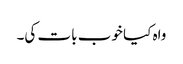
واہ کیا خوب بات کی۔